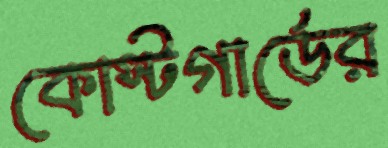
কোস্টগার্ডের